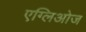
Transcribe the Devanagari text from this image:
एग्लिओज